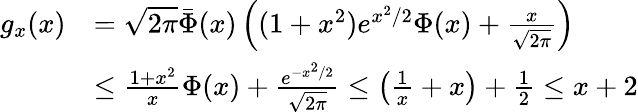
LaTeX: \begin{array}{rl}{g_{x}(x)}&{=\sqrt{2\pi}\bar{\Phi}(x)\left((1+x^{2})e^{x^{2}/2}\Phi(x)+\frac{x}{\sqrt{2\pi}}\right)}\\ &{\leq\frac{1+x^{2}}{x}\Phi(x)+\frac{e^{-x^{2}/2}}{\sqrt{2\pi}}\leq\left(\frac{1}{x}+x\right)+\frac{1}{2}\leq x+2}\end{array}